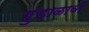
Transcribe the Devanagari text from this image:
गुंडाळावी